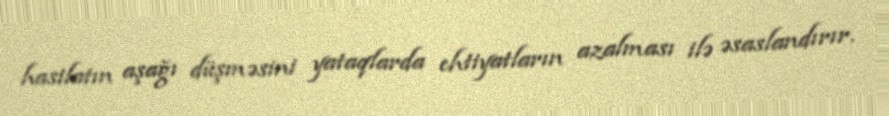
hasilatın aşağı düşməsini yataqlarda ehtiyatların azalması ilə əsaslandırır.